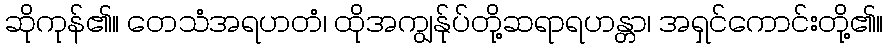
ဆိုကုန်၏။ တေသံအရဟတံ၊ ထိုအကျွန်ုပ်တို့ဆရာရဟန္တာ၊ အရှင်ကောင်းတို့၏။